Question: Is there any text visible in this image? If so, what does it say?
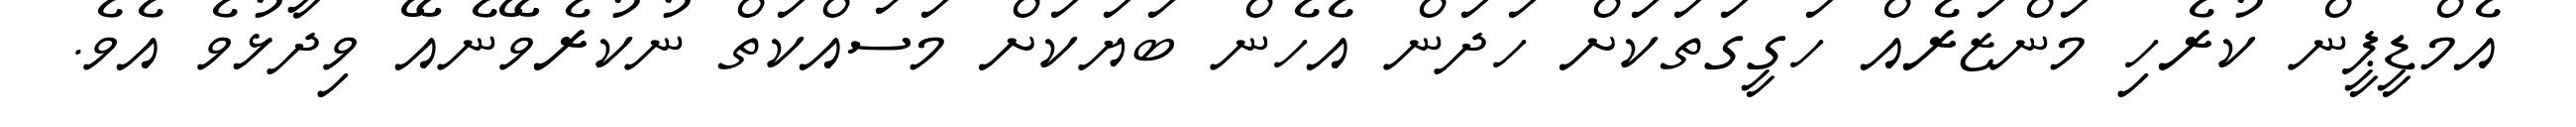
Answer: އެމްޑީޕީން ކުރެހި މަންޒަރެއް ހަގީގަތަކަށް ހަދަން އެހެން ބަޔަކަށް މަސައްކަތް ނުކުރެވޭނެއޭ ވިދާޅުވެ އެވެ.